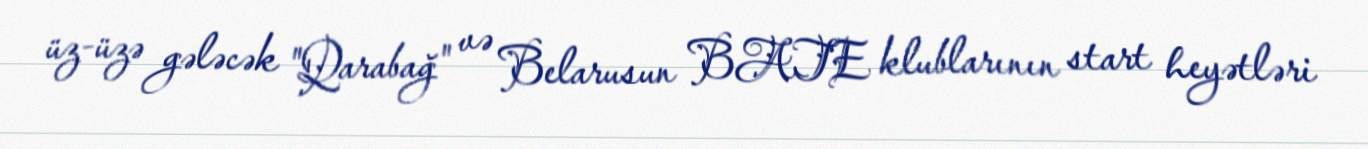
üz-üzə gələcək "Qarabağ" və Belarusun BATE klublarının start heyətləri